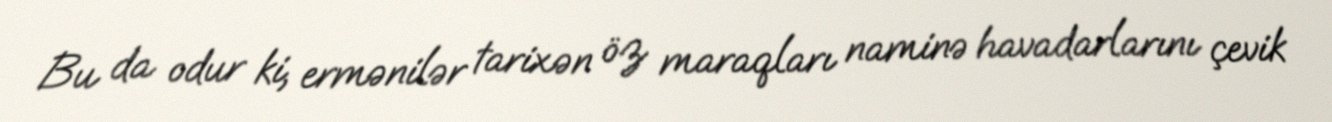
Bu da odur ki, ermənilər tarixən öz maraqları naminə havadarlarını çevik